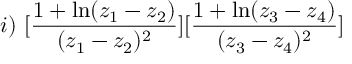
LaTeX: i ) \, \, [ \frac { 1 + \ln ( z _ { 1 } - z _ { 2 } ) } { ( z _ { 1 } - z _ { 2 } ) ^ { 2 } } ] [ \frac { 1 + \ln ( z _ { 3 } - z _ { 4 } ) } { ( z _ { 3 } - z _ { 4 } ) ^ { 2 } } ]